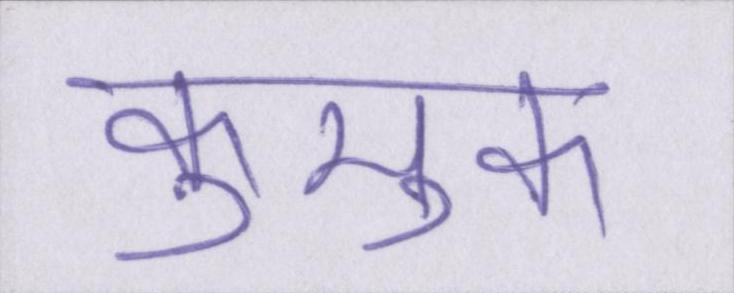
कुमुक